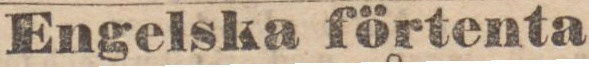
Engelska förtenta